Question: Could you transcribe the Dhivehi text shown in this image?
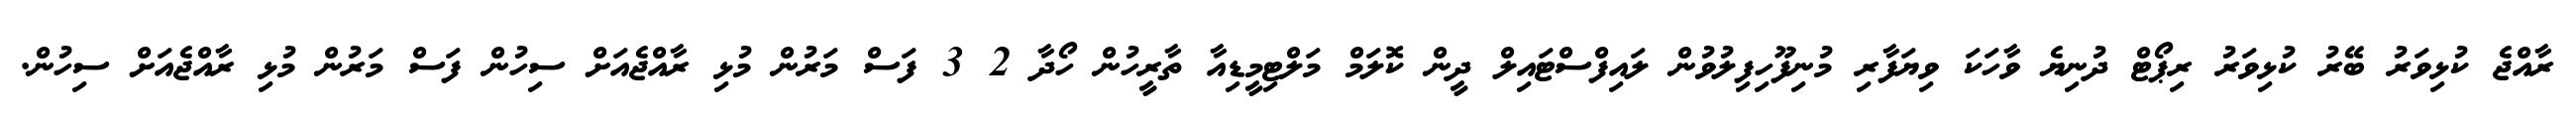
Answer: ރާއްޖެ ކުޅިވަރު ބޭރު ކުޅިވަރު ރިޕޯޓް ދުނިޔެ ވާހަކަ ވިޔަފާރި މުނިފޫހިފިލުވުން ލައިފްސްޓައިލް ދީން ކޮލަމް މަލްޓިމީޑިއާ ތާރީހުން ހޯދާ 2 3 ފަސް މަރުން މުޅި ރާއްޖެއަށް ސިހުން ފަސް މަރުން މުޅި ރާއްޖެއަށް ސިހުން.